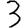
Digit: 3